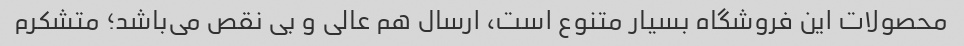
محصولات این فروشگاه بسیار متنوع است، ارسال هم عالی و بی نقص می‌باشد؛ متشکرم